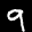
Label: 9